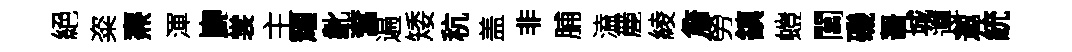
絕粢燾渾巋裳主耀齔奮遍矮秔盖非脯溘䴡綾詹勞鎮螘閶磯齧城遵邀統